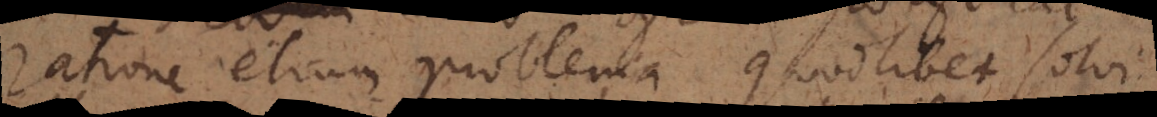
ratione etiam problema quodlibet solvi